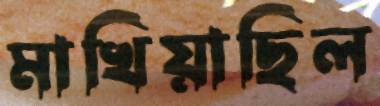
মাখিয়াছিল